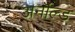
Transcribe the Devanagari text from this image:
अर्नॉल्ड